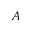
A